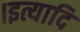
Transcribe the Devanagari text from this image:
।इत्यादि